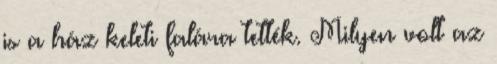
is a ház keleti falára tették. Milyen volt az